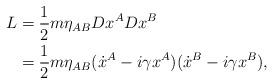
LaTeX: \begin{align*}L &= \frac{1}{2}m\eta_{AB}Dx^ADx^B\\&= \frac{1}{2}m\eta_{AB}(\dot{x}^A - i\gamma x^A)(\dot{x}^B - i\gamma x^B),\end{align*}